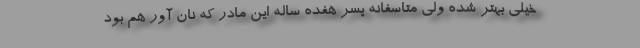
خیلی بهتر شده ولی متاسفانه پسر هفده ساله این مادر که نان آور هم بود